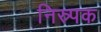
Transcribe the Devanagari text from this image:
निस्र्पक